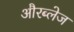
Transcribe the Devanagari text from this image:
औरब्लेज